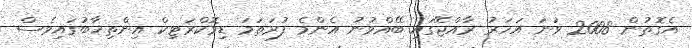
އެގޮތުން 2008 ވަނަ އަހަރު ރާއްޖޭގައި ބޭއްވުނު އެންމެ ފުރަތަމަ ޑިމޮކްރަޓިކް އިންތިޚާބުގައިވެސް